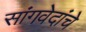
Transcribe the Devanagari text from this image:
सांगवेदांचे